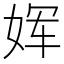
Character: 𫝨